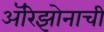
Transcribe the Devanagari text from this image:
अॅरिझोनाची